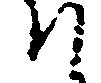
て